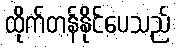
ထိုက်တန်နိုင်ပေသည်